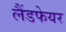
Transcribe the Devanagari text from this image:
लैंडफेयर